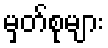
မှတ်စုများ